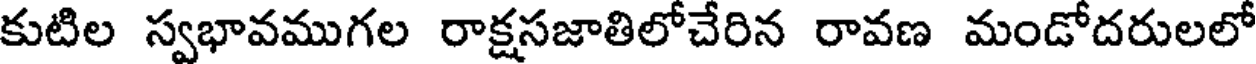
కుటిల స్వభావముగల రాక్షసజాతిలోచేరిన రావణ మండోదరులలో